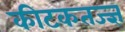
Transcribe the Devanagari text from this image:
कीटकतज्ज्ञ